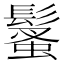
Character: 𩮚